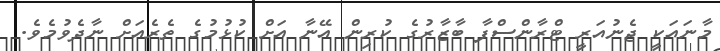
މާނައަކީ ޖެނުއަރީ ޓްރާންސްފާ ބާޒާރުގެ ކުރިން އޭނާ އަށް ކުޅުމުގެ ތެރެއަށް ނާދެވުމެވެ.